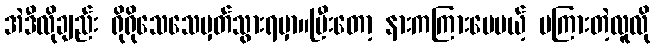
အဲဒီလိုချည်း ရိုရိုသေသေမှတ်သွားရမှာ။ပြီးတော့ နားကကြားပေမယ့် မကြားတဲ့လူလို